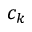
c _ { k }